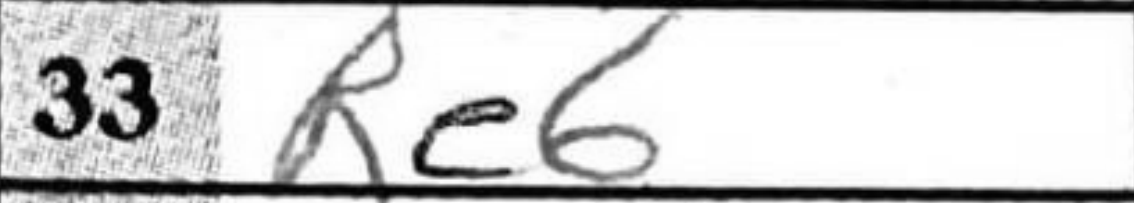
Transcription: Re6